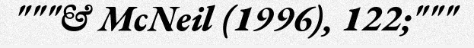
"""& McNeil (1996), 122;"""